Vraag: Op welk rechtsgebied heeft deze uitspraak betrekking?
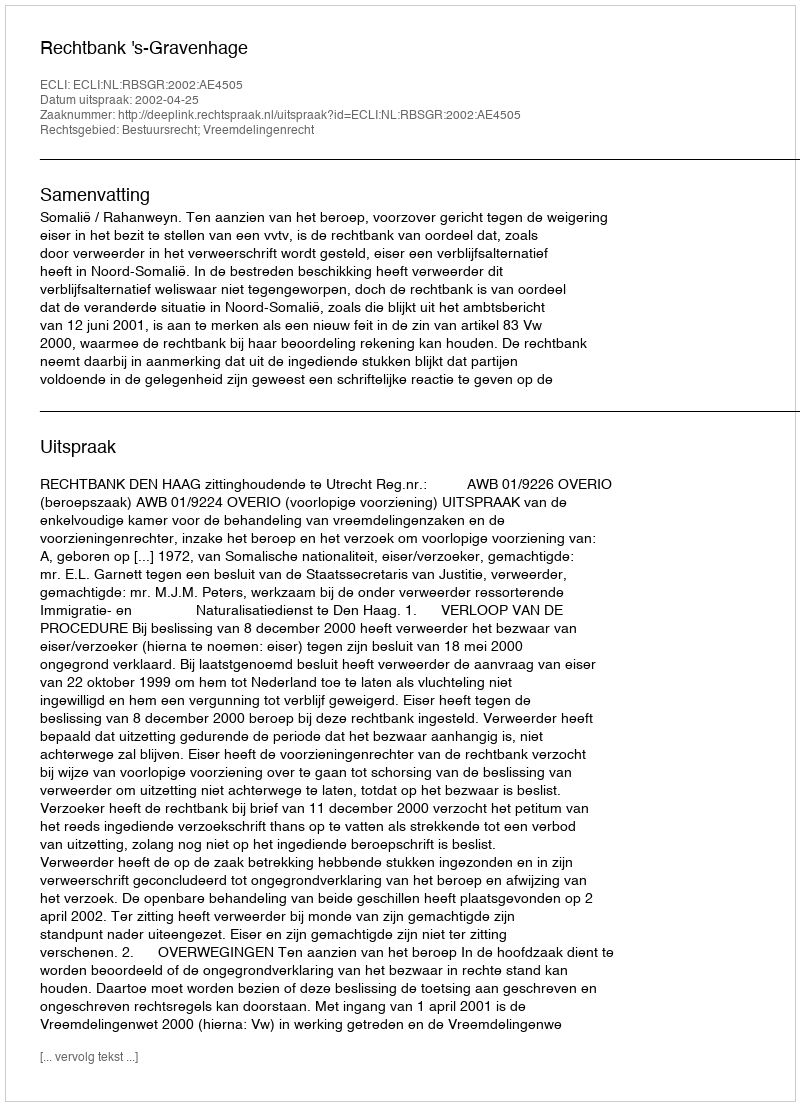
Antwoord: Bestuursrecht; Vreemdelingenrecht